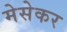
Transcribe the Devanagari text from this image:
मेसेकर